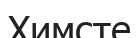
Химсте